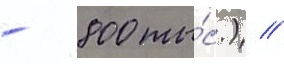
- 800 ты́с.) //